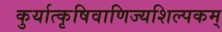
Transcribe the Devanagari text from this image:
कुर्यात्कृषिवाणिज्यशिल्पकम्